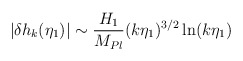
\begin{align*}\left|\delta {h_k}(\eta_{1})\right| \sim {H_1\over M_{Pl}} (k\eta_1)^{3/2} \ln(k\eta_1)\end{align*}